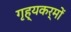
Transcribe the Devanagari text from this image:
गृह्यकर्मों